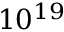
1 0 ^ { 1 9 }